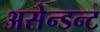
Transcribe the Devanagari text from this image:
असेन्डन्ट